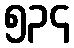
၅၃၄